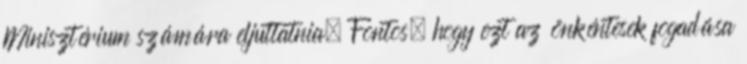
Minisztérium számára eljuttatnia. Fontos, hogy ezt az önkéntesek fogadása